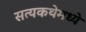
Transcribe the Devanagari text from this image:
सत्यकथेमध्ये